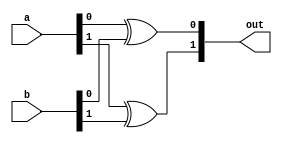
module xor_2_bit(out, a, b);
input [1:0] a, b;
output [1:0] out;

xor f(out[0], a[0], b[0]),
    s(out[1], a[1], b[1]);
endmodule

module xor_4_bit(out, a, b);
input [3:0] a, b;
output [3:0] out;

xor_2_bit f(out[1:0], a[1:0], b[1:0]),
          s(out[3:2], a[3:2], b[3:2]);
endmodule

module xor_8_bit(out, a, b);
input [7:0] a, b;
output [7:0] out;

xor_4_bit f(out[3:0], a[3:0], b[3:0]),
          s(out[7:4], a[7:4], b[7:4]);
endmodule

module xor_16_bit(out, a, b);
input [15:0] a, b;
output [15:0] out;

xor_8_bit f(out[7:0], a[7:0], b[7:0]),
          s(out[15:8], a[15:8], b[15:8]);
endmodule

module xor_32_bit(out, a, b);
input [31:0] a, b;
output [31:0] out;

xor_16_bit f(out[15:0], a[15:0], b[15:0]),
          s(out[31:16], a[31:16], b[31:16]);
endmodule